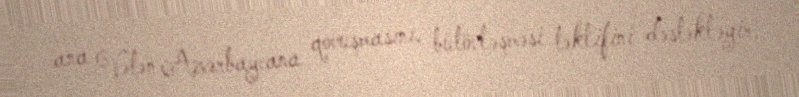
ana Vətən Azərbaycana qovuşmasını, bütövləşməsi təklifini dəstəkləyir.